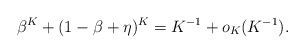
LaTeX: \begin{align*}\beta^K+(1-\beta+\eta)^K=K^{-1}+o_K(K^{-1}).\end{align*}